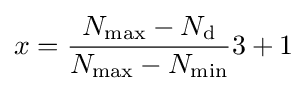
x={N_{\mathrm {max} }-N_{\mathrm {d} } \over N_{\mathrm {max} }-N_{\mathrm {min} }}3+1